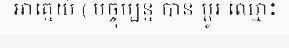
អាគ្នេយ៍ ( បច្ចុប្បន្ន បាន ប្តូរ ឈ្មោះ